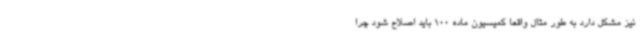
نیز مشکل دارد به طور مثال واقعاً کمیسیون ماده 100 باید اصلاح شود چرا